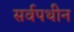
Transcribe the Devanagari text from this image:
सर्वपथीन